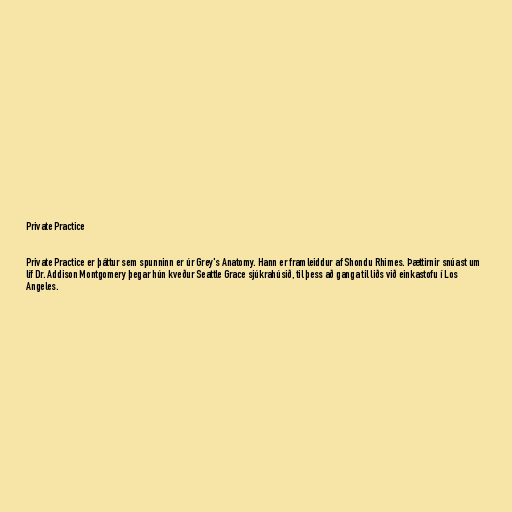
Private Practice

Private Practice er þáttur sem spunninn er úr Grey's Anatomy. Hann er framleiddur af Shondu Rhimes. Þættirnir snúast um
líf Dr. Addison Montgomery þegar hún kveður Seattle Grace sjúkrahúsið, til þess að ganga til liðs við einkastofu í Los
Angeles.